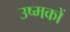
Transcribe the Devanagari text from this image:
उष्मकों